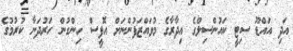
އަދި އައްޑޫ ސިޓީ ކައުންސިލްގެ އިދާރާގެ މުވައްޒަފުންނަށް އޮފީސް ހިންގުން ހަރުދަނާ ކުރުމުގެ